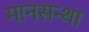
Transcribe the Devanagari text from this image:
मानसन्था